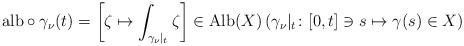
LaTeX: \begin{align*} {\rm alb}\circ\gamma_\nu(t) = \left[ \zeta \mapsto \int_{\gamma_\nu|_t} \zeta \right]\in \mathrm{Alb} (X)\left(\gamma_\nu|_t\colon [0, t]\ni s\mapsto \gamma(s)\in X\right)\end{align*}